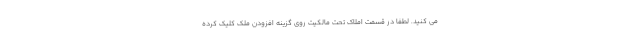
می کنید. لطفا در قسمت املاک تحت مالکیت روی گزینه افزودن ملک کلیک کرده